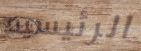
الرئيسيه